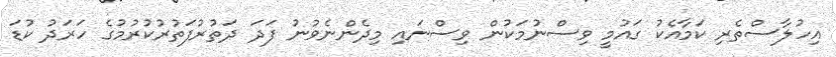
އިހުލާސްތެރި ކަމާއެކު ގައުމީ ވިސްނުމަކުން ވިސްނައި މިދެންނެވުނު ފަދަ ދަތުރުފަތުރުކުރުމުގެ ހަރަދު ކުޑަ